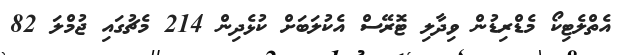
އެތްލެޓިކޯ މެޑްރިޑުން ވިދާލި ޓޮރޭސް އެކުލަބަށް ކުޅެދިން 214 މެޗުގައި ޖުމްލަ 82